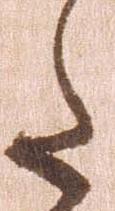
た